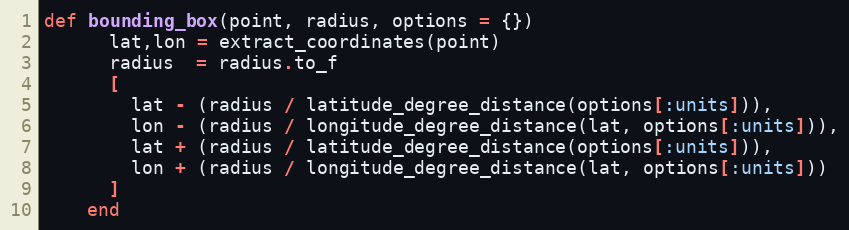
Language: Ruby
def bounding_box(point, radius, options = {})
      lat,lon = extract_coordinates(point)
      radius  = radius.to_f
      [
        lat - (radius / latitude_degree_distance(options[:units])),
        lon - (radius / longitude_degree_distance(lat, options[:units])),
        lat + (radius / latitude_degree_distance(options[:units])),
        lon + (radius / longitude_degree_distance(lat, options[:units]))
      ]
    end